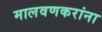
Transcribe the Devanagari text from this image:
मालवणकरांना